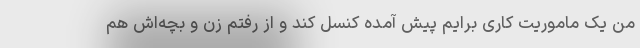
من یک ماموریت کاری برایم پیش آمده کنسل کند و از رفتم زن و بچه‌اش هم